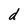
Character: d